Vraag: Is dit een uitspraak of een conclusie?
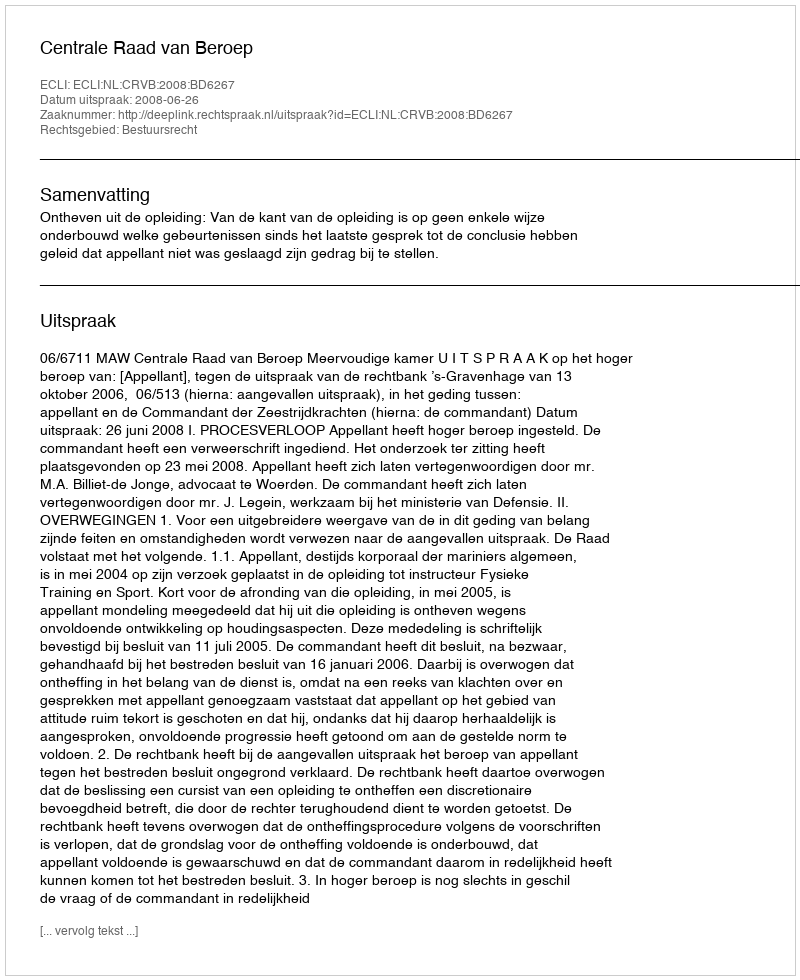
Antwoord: Uitspraak